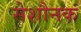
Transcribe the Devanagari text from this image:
सेशौनक